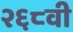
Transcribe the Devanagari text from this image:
२६८वी